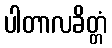
ပါတာလခိတ္တံ